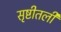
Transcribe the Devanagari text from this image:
सृष्टीतली